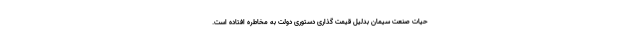
حیات صنعت سیمان بدلیل قیمت گذاری دستوری دولت به مخاطره افتاده است.